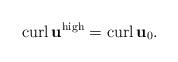
LaTeX: \begin{align*}\operatorname*{curl}\mathbf{u}^{\operatorname*{high}}=\operatorname*{curl}\mathbf{u}_{0}. \end{align*}